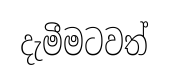
දැමීමටවත්